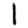
Digit: 1